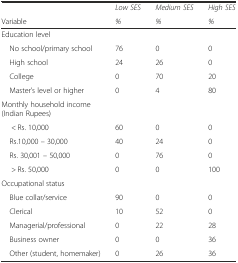
<table><thead><tr><td></td><td><b><i>Low SES</i></b></td><td><b><i>Medium SES</i></b></td><td><b><i>High SES</i></b></td></tr><tr><td><b>Variable</b></td><td><b><i>%</i></b></td><td><b><i>%</i></b></td><td><b><i>%</i></b></td></tr></thead><tbody><tr><td>Education level</td><td></td><td></td><td></td></tr><tr><td> No school/primary school</td><td>76</td><td>0</td><td>0</td></tr><tr><td> High school</td><td>24</td><td>26</td><td>0</td></tr><tr><td> College</td><td>0</td><td>70</td><td>20</td></tr><tr><td> Master’s level or higher</td><td>0</td><td>4</td><td>80</td></tr><tr><td>Monthly household income (Indian Rupees)</td><td></td><td></td><td></td></tr><tr><td>&lt; Rs. 10,000</td><td>60</td><td>0</td><td>0</td></tr><tr><td> Rs.10,000 – 30,000</td><td>40</td><td>24</td><td>0</td></tr><tr><td> Rs. 30,001 – 50,000</td><td>0</td><td>76</td><td>0</td></tr><tr><td>&gt; Rs. 50,000</td><td>0</td><td>0</td><td>100</td></tr><tr><td>Occupational status</td><td></td><td></td><td></td></tr><tr><td> Blue collar/service</td><td>90</td><td>0</td><td>0</td></tr><tr><td> Clerical</td><td>10</td><td>52</td><td>0</td></tr><tr><td> Managerial/professional</td><td>0</td><td>22</td><td>28</td></tr><tr><td> Business owner</td><td>0</td><td>0</td><td>36</td></tr><tr><td> Other (student, homemaker)</td><td>0</td><td>26</td><td>36</td></tr></tbody></table>